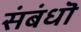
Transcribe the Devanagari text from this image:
संबंधॊ